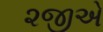
૨જીએ